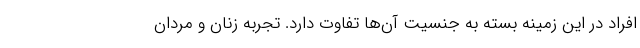
افراد در این زمینه بسته به جنسیت آن‌ها تفاوت دارد. تجربه زنان و مردان